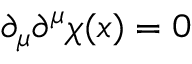
\partial _ { \mu } \partial ^ { \mu } \chi ( x ) = 0